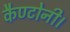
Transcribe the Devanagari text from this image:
कैण्टोनी।